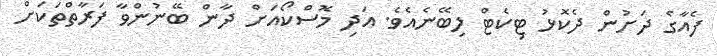
ފެއާގެ ދަށުން ދެކޮޅު ޓިކެޓް ލިބޭނެއެވެ. އަދި މޮސްކޯއަށް ދާން ބޭނުންވާ ފަރާތްތަކަށް